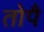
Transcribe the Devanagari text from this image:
तोपै